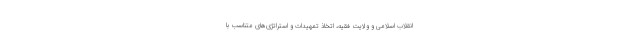
انقلاب اسلامی و ولایت فقیه، اتخاذ تمهیدات و استراتژی‌های متناسب با